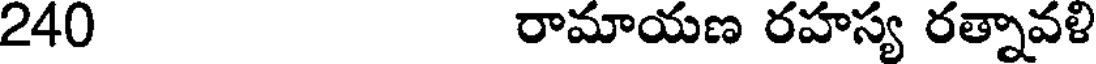
240 రామాయణ రహస్య రత్నావళి